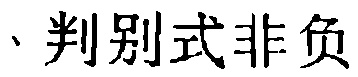
、判别式非负